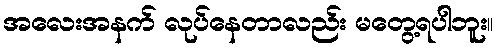
အလေးအနက် လုပ်နေတာလည်း မတွေ့ရပါဘူး။